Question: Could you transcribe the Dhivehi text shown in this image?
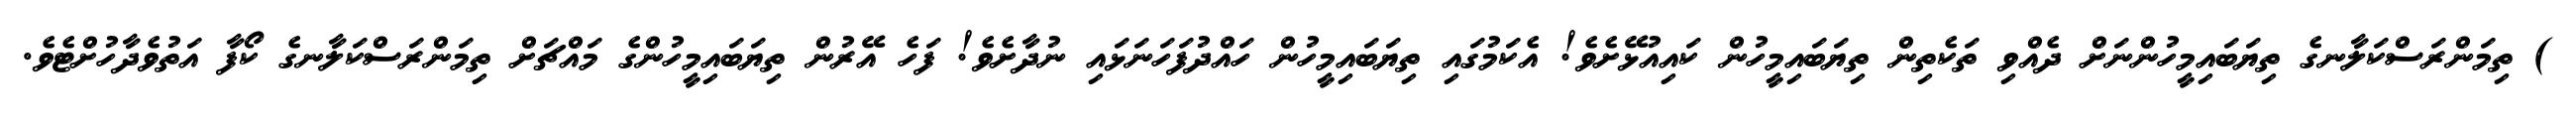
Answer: ) ތިމަންރަސްކަލާނގެ ތިޔަބައިމީހުންނަށް ދެއްވި ތަކެތިން ތިޔަބައިމީހުން ކައިއުޅޭށެވެ! އެކަމުގައި ތިޔަބައިމީހުން ހައްދުފަހަނަޅައި ނުދާށެވެ! ފަހެ އޭރުން ތިޔަބައިމީހުންގެ މައްޗަށް ތިމަންރަސްކަލާނގެ ކޯފާ އަތުވެދާހުށްޓެވެ.